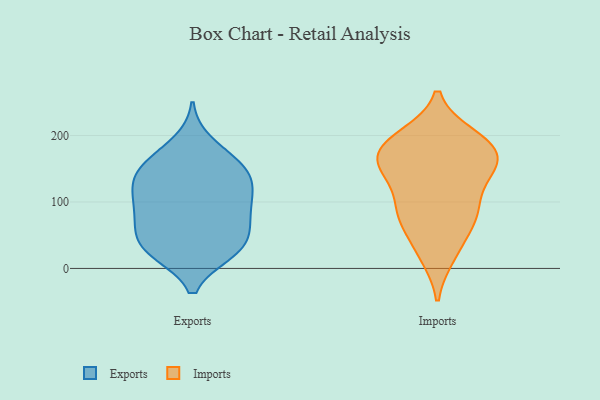
{"axis": {"x": "Shipments", "y": "Value"}, "legend": ["Exports", "Imports"], "data": [{"x": "", "y": 26, "type": "Exports"}, {"x": "", "y": 78, "type": "Exports"}, {"x": "", "y": 155, "type": "Exports"}, {"x": "", "y": 24, "type": "Exports"}, {"x": "", "y": 147, "type": "Exports"}, {"x": "", "y": 88, "type": "Exports"}, {"x": "", "y": 119, "type": "Exports"}, {"x": "", "y": 94, "type": "Exports"}, {"x": "", "y": 165, "type": "Exports"}, {"x": "", "y": 25, "type": "Exports"}, {"x": "", "y": 116, "type": "Exports"}, {"x": "", "y": 189, "type": "Exports"}, {"x": "", "y": 153, "type": "Exports"}, {"x": "", "y": 48, "type": "Exports"}, {"x": "", "y": 87, "type": "Exports"}, {"x": "", "y": 58, "type": "Exports"}, {"x": "", "y": 130, "type": "Exports"}, {"x": "", "y": 25, "type": "Exports"}, {"x": "", "y": 51, "type": "Exports"}, {"x": "", "y": 130, "type": "Exports"}, {"x": "", "y": 88, "type": "Imports"}, {"x": "", "y": 187, "type": "Imports"}, {"x": "", "y": 85, "type": "Imports"}, {"x": "", "y": 191, "type": "Imports"}, {"x": "", "y": 164, "type": "Imports"}, {"x": "", "y": 68, "type": "Imports"}, {"x": "", "y": 19, "type": "Imports"}, {"x": "", "y": 183, "type": "Imports"}, {"x": "", "y": 149, "type": "Imports"}, {"x": "", "y": 93, "type": "Imports"}, {"x": "", "y": 167, "type": "Imports"}, {"x": "", "y": 161, "type": "Imports"}, {"x": "", "y": 22, "type": "Imports"}, {"x": "", "y": 141, "type": "Imports"}, {"x": "", "y": 198, "type": "Imports"}, {"x": "", "y": 92, "type": "Imports"}, {"x": "", "y": 199, "type": "Imports"}, {"x": "", "y": 58, "type": "Imports"}, {"x": "", "y": 153, "type": "Imports"}, {"x": "", "y": 137, "type": "Imports"}]}